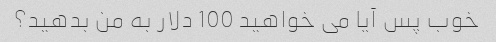
خوب پس آیا می خواهید 100 دلار به من بدهید؟